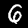
Digit: 6